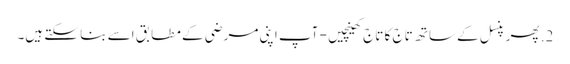
2. پھر پنسل کے ساتھ تاج کا تاج کھینچیں - آپ اپنی مرضی کے مطابق اسے بنا سکتے ہیں۔